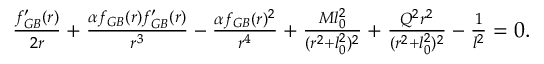
\begin{array} { r } { \frac { f _ { G B } ^ { \prime } ( r ) } { 2 r } + \frac { \alpha f _ { G B } ( r ) f _ { G B } ^ { \prime } ( r ) } { r ^ { 3 } } - \frac { \alpha f _ { G B } ( r ) ^ { 2 } } { r ^ { 4 } } + \frac { M l _ { 0 } ^ { 2 } } { ( r ^ { 2 } + l _ { 0 } ^ { 2 } ) ^ { 2 } } + \frac { Q ^ { 2 } r ^ { 2 } } { ( r ^ { 2 } + l _ { 0 } ^ { 2 } ) ^ { 2 } } - \frac { 1 } { l ^ { 2 } } = 0 . } \end{array}